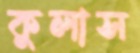
কুলাস